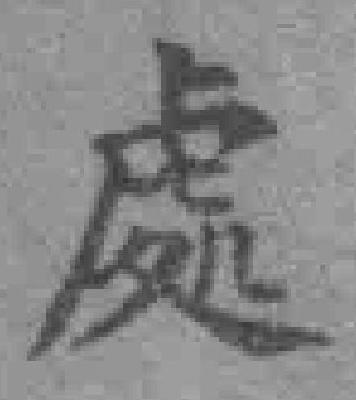
處